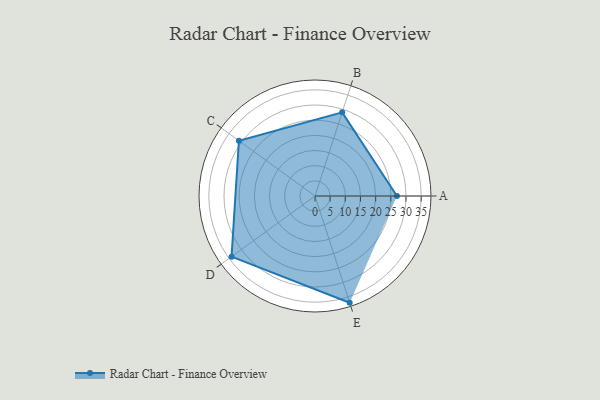
{"axis": {"x": "Skill", "y": "Score"}, "legend": ["Profile"], "data": [{"x": "A", "y": 27.0, "type": "Profile"}, {"x": "B", "y": 29.0, "type": "Profile"}, {"x": "C", "y": 31.0, "type": "Profile"}, {"x": "D", "y": 34.0, "type": "Profile"}, {"x": "E", "y": 37.0, "type": "Profile"}]}